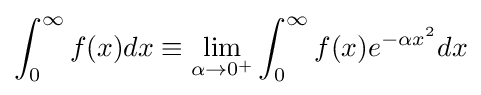
\int _{0}^{\infty }f(x)dx\equiv \lim _{\alpha \to 0^{+}}\int _{0}^{\infty }f(x)e^{-\alpha x^{2}}dx